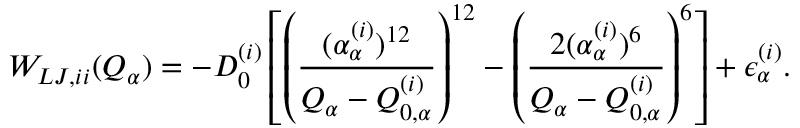
W _ { L J , i i } ( Q _ { \alpha } ) = - D _ { 0 } ^ { ( i ) } \left[ \left( \frac { ( \alpha _ { \alpha } ^ { ( i ) } ) ^ { 1 2 } } { Q _ { \alpha } - Q _ { 0 , \alpha } ^ { ( i ) } } \right) ^ { 1 2 } - \left( \frac { 2 ( \alpha _ { \alpha } ^ { ( i ) } ) ^ { 6 } } { Q _ { \alpha } - Q _ { 0 , \alpha } ^ { ( i ) } } \right) ^ { 6 } \right] + \epsilon _ { \alpha } ^ { ( i ) } .